Insane asylums in Bengal annual reports 1867-1875 - 1867-1875
Year: 1867
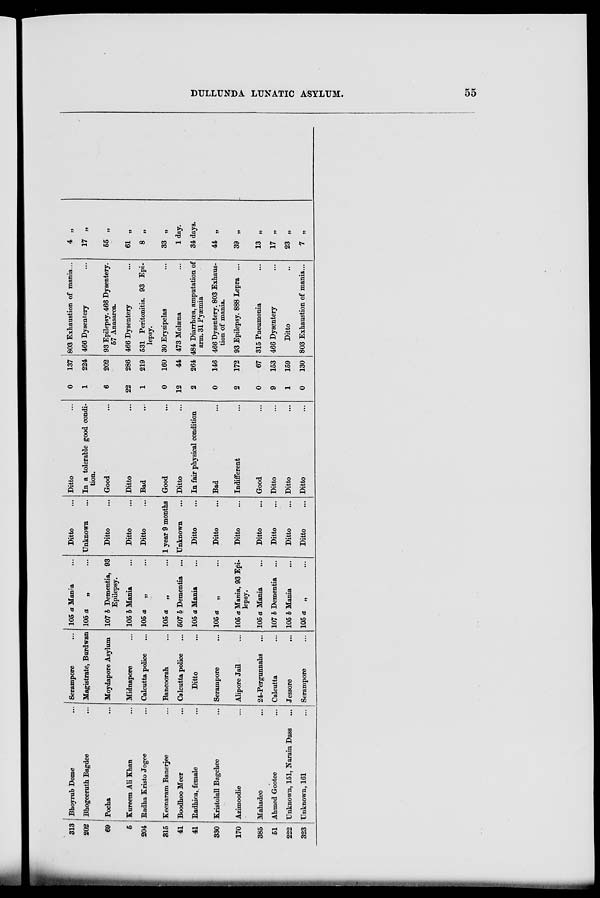
DULLUNDA LUNATIC ASYLUM
55
313
202
69
5
204
315
41
41
330
170
385
51
222
323
Bhoyrub Dome ...
Bhogeeruth Bagdee ...
Pocha ...
Kureem Ali Khan ...
Badha Kristo Jogee ...
Keenaram Banerjee ...
Boodhoo Meer ...
Badhica, female ...
Kristolall Bagchee ...
Azimoodie ...
Mahadeo ...
Ahmed Gootee ...
Unknown, 151, Narain Dass ...
Unknown, 161
...
Serampore ...
Magistrate, Burdwan
Moydapore Asylum
Midnapore ...
Calcutta police ...
Bancoorah ...
Calcutta police ...
Ditto ...
Serampore ...
Alipore Jail ...
24-Pergunnahs ...
Calcutta ...
Jessore ...
Serampore ...
105 a Mania ...
105 a
„ ...
107 b Dementia, 93
Epilepsy.
105 b Mania ...
105 a
„ ...
105 a „ ...
507 b Dementia ...
105 a Mania ...
105 a „ ...
105 a Mania, 93 Epi-
lepsy.
105 a Mania ...
107 b Dementia ...
105 b Mania ...
105 a „ ...
Ditto ...
Unknown ...
Ditto ...
Ditto ...
Ditto ...
1 year 9 months
Unknown ...
Ditto ...
Ditto ...
Ditto ...
Ditto ...
Ditto ...
Ditto ...
Ditto ...
Ditto ...
In a tolerable good condi-
tion. ...
Good ...
Ditto ...
Bad ...
Good ...
Ditto ...
In fair physical condition
Bad ...
Indifferent ...
Good ...
Ditto ...
Ditto ...
Ditto ...
0
1
6
22
1
0
12
2
0
2
0
9
1
0
137
224
202
286
219
160
44
264
146
172
67
153
159
130
803 Exhaustion of mania...
466 Dysentery ...
93 Epilepsy. 466 Dysentery.
57 Anasarca.
466 Dysentery
531 Peritonitis. 93 Epi-
lepsy.
30 Erysipelas ...
473 Melæna ...
484 Diarrhæa, amputation of
arm. 31 Pyæmia
466 Dysentery. 803 Exhaus-
tion of mania.
93 Epilepsy. 888 Lepra ...
315 Pneumonia ...
466 Dysentery ...
Ditto ...
803 Exhaustion of mania...
4 „
17 „
55 „
61 „
8 „
33 „
1 day.
34 days.
44
39 „
13 „
17 „
23 „
7 „